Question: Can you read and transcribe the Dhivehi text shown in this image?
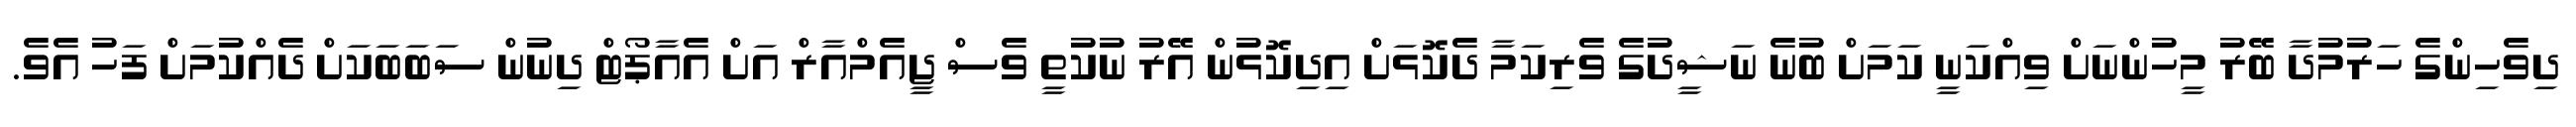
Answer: ދިވެހިންގެ ހަރުމުދާ ބޭރު މީހުންނަށް ވިއްކަނީ ކަމަށް ބުނެ ނަޝީދުގެ ވެރިކަމާ ދެކޮޅަށް އިދިކޮޅުން އޭރު ނުކުތީ ވެސް ޖީއެމްއާރް އަށް އެއާޕޯޓް ދިނުން ސަބަބަކަށް ދެއްކުމަށް ފަހު އެވެ.